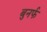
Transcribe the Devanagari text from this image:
बुनर्फ